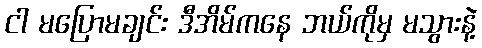
ငါ မပြောမချင်း ဒီအိမ်ကနေ ဘယ်ကိုမှ မသွားနဲ့